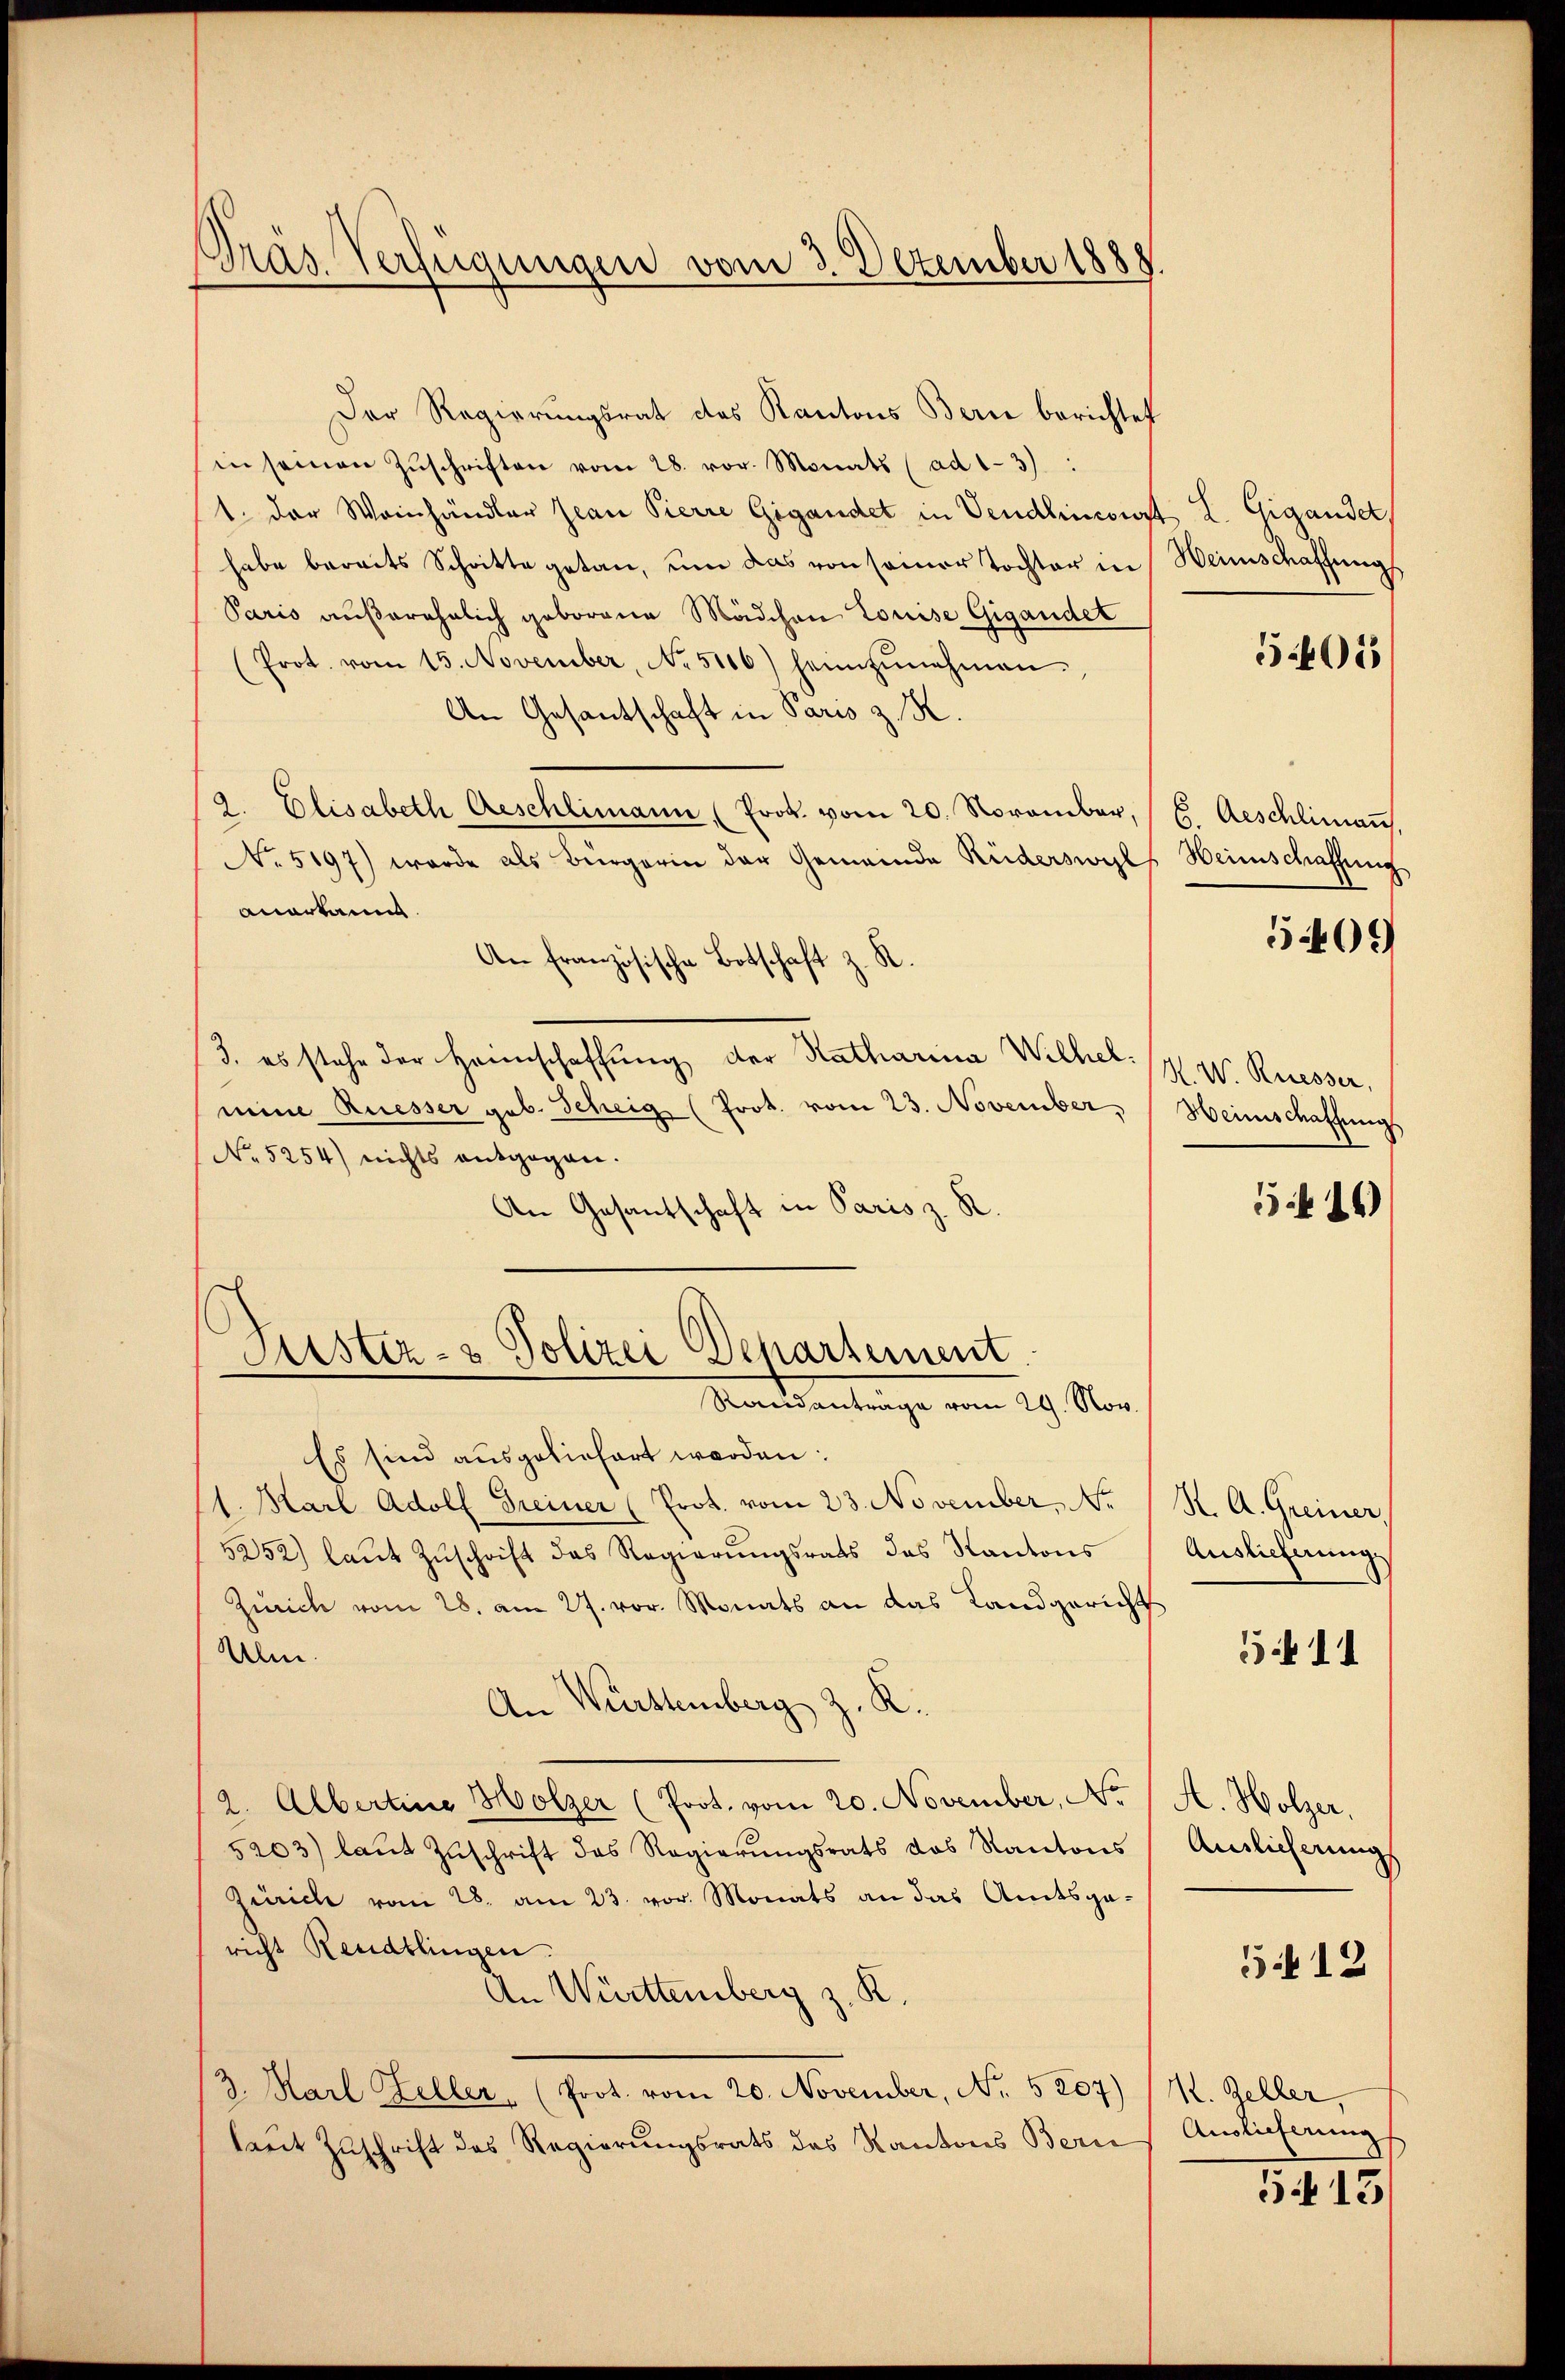
Präs. Verfügungen vom 3. Dezember 1888.

Der Regierungsrat des Kantons Bern berichtet
in seinen Zŭschriften vom 28. vor. Monats (ad 1-3):
1. der Weinhändler Jean Pierre Gigandet in Vendlincourt L. Gigandelt,
habe bereits Schritte getan, um das von seiner Tochter in Heimschaffung
Paris außerehelich geborene Mädchen Louise Gigandet
(Prot. vom 15. November, No 5106) heimzŭnehmen.
An Gesantschaft in Paris z. R.
9. Elisabeth Aeschlimann (Prok. vom 20. November, 6. Aeschlimann,
No 5197) wurde als Bürgerin der Gemeinde Ruderswyl, Heimschaffung
anerkannt.
An französische Botschaft z. R.
3. es stehe der Heimschaffung der Katharina Wilhel. H. W. Ruesser,
mine Ruesser geb. Scheig (Prot. vom 23. November, Heimschaffungs
No 5254) nichts entgegen.
An Gesantschaft in Paris z. R.
Justiz- & Polizei Departement.
Standsantrage vom 29. Man
Es sind ausgeliefert werden:
1. Karl Adolf Greiner (Prot. vom 23. November, N. K. A. Greiner
5252) laŭt Zŭschrift das Regierŭngsrats das Kantons
Zürich vom 28. am 27. vor. Monats an das Landgericht
Ulm.
An Württemberg z. K.
2. Albertine Holzer (Prot. vom 20. November, No. 1 A. Holzer,
5203) laŭt Zŭschrift das Regierŭngsrats das Kantons Auslicherŭngs
Zürich vom 28. am 23. vor. Monats an das Amtsge-
richt Rendtlingen.
An Württemberg z. R.
3. Karl Zeller (Prot. vom 20. November, No. 5207) (N. Zeller,
kaut Zuschrift das Regierungsrats des Kantons Beric

5405

5409

5414)

Auslieferung

511

513

Auslieferung
8

5f 13